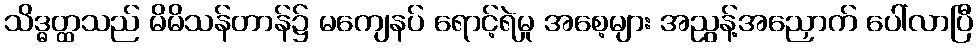
သိဒ္ဓတ္ထသည် မိမိသန်တာန်၌ မကျေနပ် ရောင့်ရဲမှု အစေ့များ အညွန့်အညှောက် ပေါ်လာပြီ